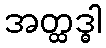
အတ္ထဒ္ဓါ